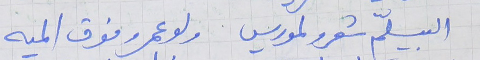
البيسلّم شعرو لموريس      ولو عمرو فوق الميه